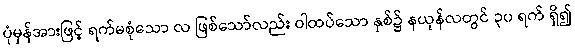
ပုံမှန်အားဖြင့် ရက်မစုံသော လ ဖြစ်သော်လည်း ဝါထပ်သော နှစ်၌ နယုန်လတွင် ၃၀ ရက် ရှိ၍